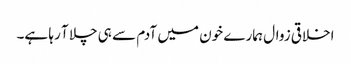
اخلاقی زوال ہمارے خون میں آدم سے ہی چلا آ رہا ہے۔